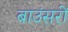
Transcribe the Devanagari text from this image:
बाउंसरों